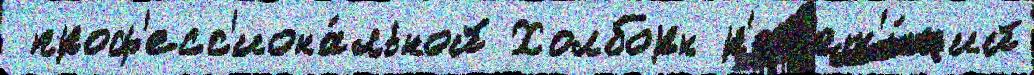
 проф'есс'иона́льной Холборн р'еп'ет'и́ций